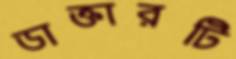
ডাক্তারটি